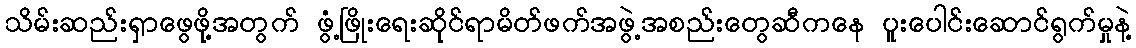
သိမ်းဆည်းရှာဖွေဖို့အတွက် ဖွံ့ဖြိုးရေးဆိုင်ရာမိတ်ဖက်အဖွဲ့အစည်းတွေဆီကနေ ပူးပေါင်းဆောင်ရွက်မှုနဲ့